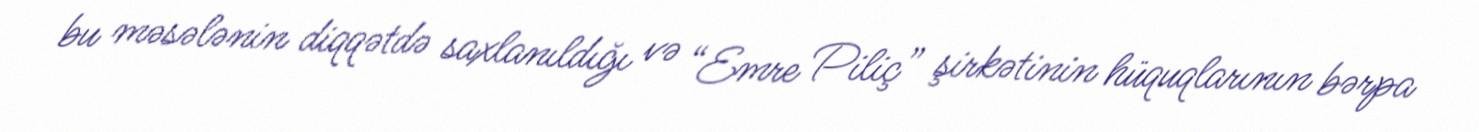
bu məsələnin diqqətdə saxlanıldığı və “Emre Piliç” şirkətinin hüquqlarının bərpa